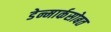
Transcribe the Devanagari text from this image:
डेन्मार्कसोबत